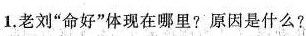
1.老刘”命好”体现在哪里?原因是什么?